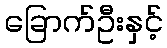
ခြောက်ဦးနှင့်